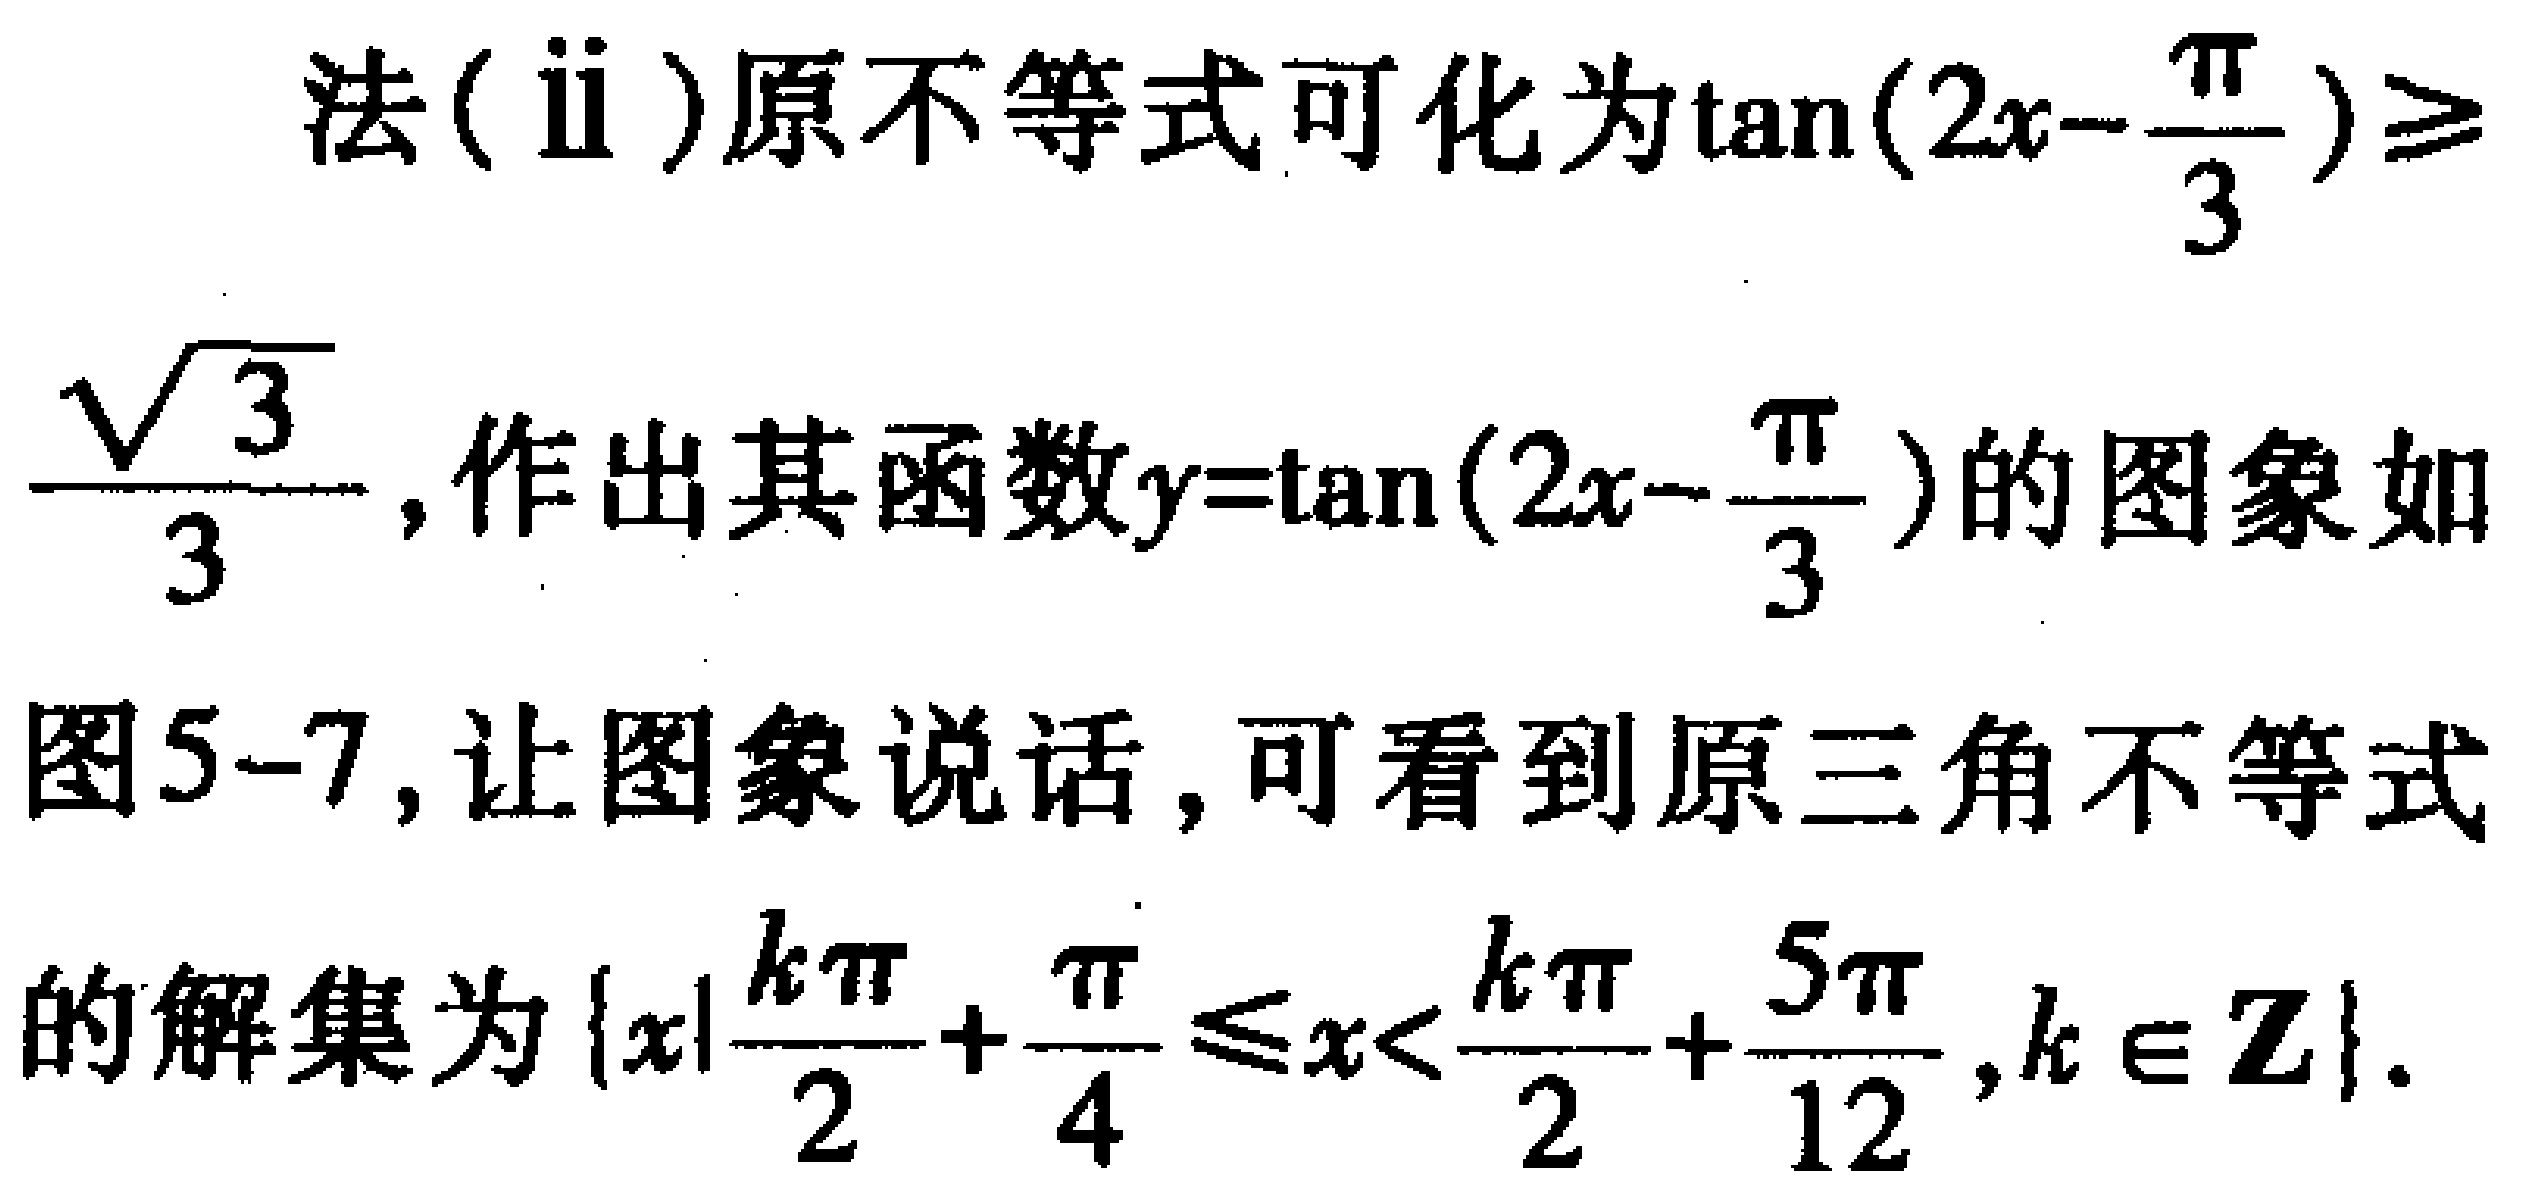
法(ⅱ)原不等式可化为\(\tan(2x - \frac{\pi}{3})\geq\frac{\sqrt{3}}{3}\)，作出其函数\(y = \tan(2x - \frac{\pi}{3})\)的图象如图5-7，让图象说话，可看到原三角不等式的解集为\(\{x|\frac{k\pi}{2}+\frac{\pi}{4}\leq x<\frac{k\pi}{2}+\frac{5\pi}{12},k\in\mathbf{Z}\}\)。